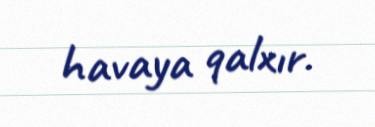
havaya qalxır.